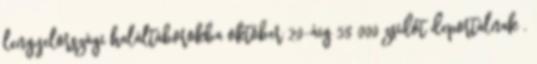
lengyelországi haláltáborokba október 20-áig 58 000 zsidót deportálnak .